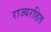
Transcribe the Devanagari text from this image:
राज्यरहित